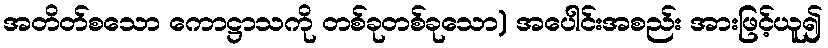
အတိတ်စသော ကောဋ္ဌာသကို တစ်ခုတစ်ခုသော) အပေါင်းအစည်း အားဖြင့်ယူ၍